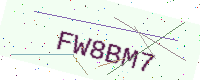
Text: FW8BM7